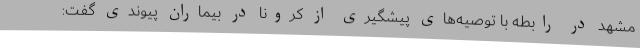
مشهد در رابطه با توصیه‌های پیشگیری از کرونا در بیماران پیوندی گفت: